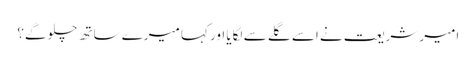
امیر شریعت نے اسے گلے سے لگایا اور کہا میرے ساتھ چلو گے؟